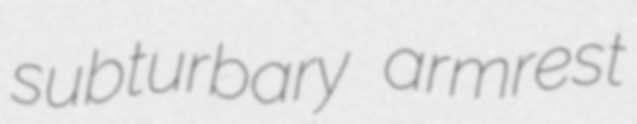
subturbary armrest